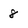
Character: 8